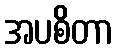
အပစိတာ